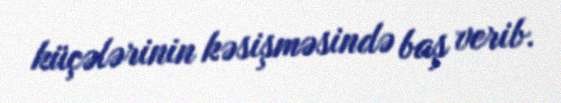
küçələrinin kəsişməsində baş verib.